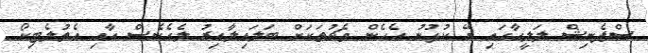
ސްޕެނިޝް ލަލީގާގައި ރޭ ކުޅުނު އެހެން މެޗުތަކަށް ބަލައިލާއިރު ލެގެނެސް އާއި އެތުލެޓިކޯ